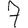
Digit: 7